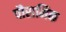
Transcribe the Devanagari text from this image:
पौरामिक